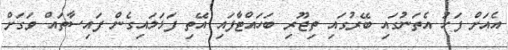
އެއަށް ފަހު އެތަނުގައި ބޭރުގައި ތިޖޫރި ބަހައްޓާފައި އޭތި ފަޅަލައިގެން ފައިސާތައް ވަގަށް